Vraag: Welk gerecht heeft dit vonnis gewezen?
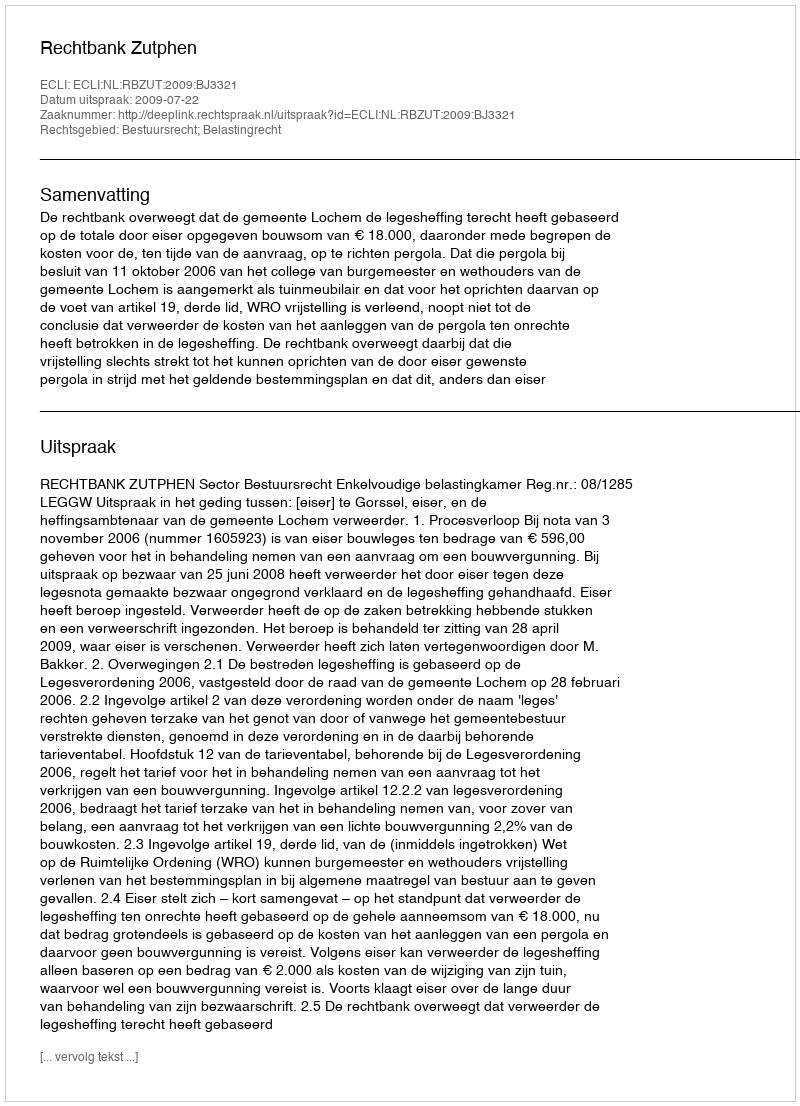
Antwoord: Rechtbank Zutphen